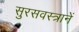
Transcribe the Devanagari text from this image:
सुरसवस्त्रानें